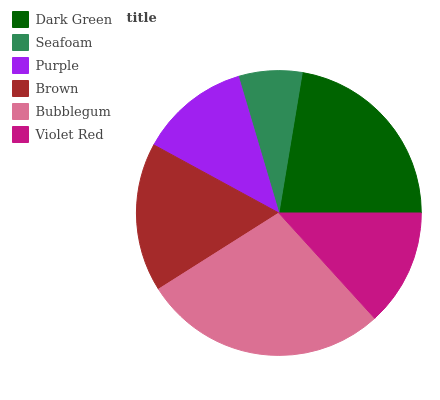
| Dark Green | Seafoam | Purple | Brown | Bubblegum | Violet Red |
 | --- | --- | --- | --- | --- | --- |
 | 22.4% | 7.21% | 12.5% | 16.9% | 27.7% | 13.3% |